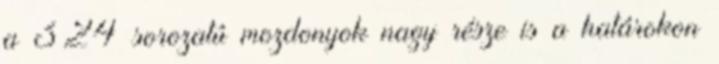
a 324 sorozatú mozdonyok nagy része is a határokon